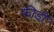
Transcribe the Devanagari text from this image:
फीडों